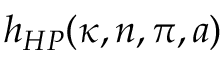
h _ { H P } ( \kappa , n , \pi , a )